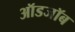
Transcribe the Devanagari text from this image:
ऑडजॉब